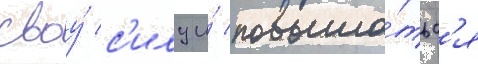
своу́ с'илу и́ повыша́тьс'я